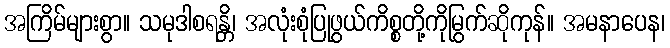
အကြိမ်များစွာ။ သမုဒါစရန္တိ၊ အလုံးစုံပြုဖွယ်ကိစ္စတို့ကိုမြွက်ဆိုကုန်။ အမနာပေန၊